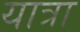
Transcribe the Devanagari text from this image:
यात्रा